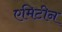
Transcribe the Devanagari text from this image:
एमिटीन